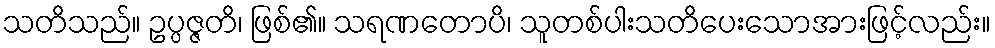
သတိသည်။ ဥပ္ပဇ္ဇတိ၊ ဖြစ်၏။ သရဏတောပိ၊ သူတစ်ပါးသတိပေးသောအားဖြင့်လည်း။